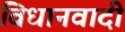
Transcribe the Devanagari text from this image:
विधानवादी